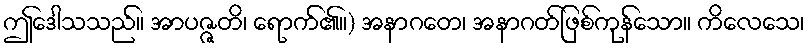
ဤဒေါသသည်။ အာပဇ္ဇတိ၊ ရောက်၏။) အနာဂတေ၊ အနာဂတ်ဖြစ်ကုန်သော။ ကိလေသေ၊